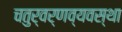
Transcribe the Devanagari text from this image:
चतुर्वर्णव्यवस्था